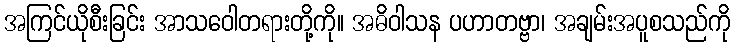
အကြင်ယိုစီးခြင်း အာသဝေါတရားတို့ကို။ အဓိဝါသန ပဟာတဗ္ဗာ၊ အချမ်းအပူစသည်ကို